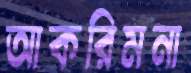
আকরিমনা